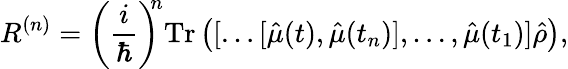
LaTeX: R^{(n)}=\left(\frac{i}{\hbar}\right)^{\! \! n}\mathrm{Tr}\left([\dots[\hat{\mu}(t),\hat{\mu}(t_{n})],\dots,\hat{\mu}(t_{1})]\hat{\rho}\right),